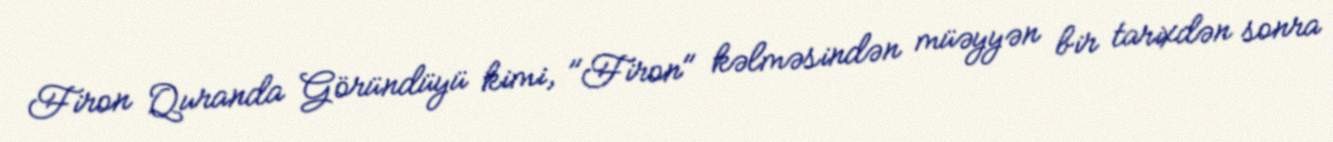
Firon Quranda Göründüyü kimi, "Firon" kəlməsindən müəyyən bir tarixdən sonra